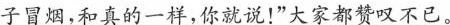
子冒烟，和真的一样，你就说！”大家都赞叹不已。